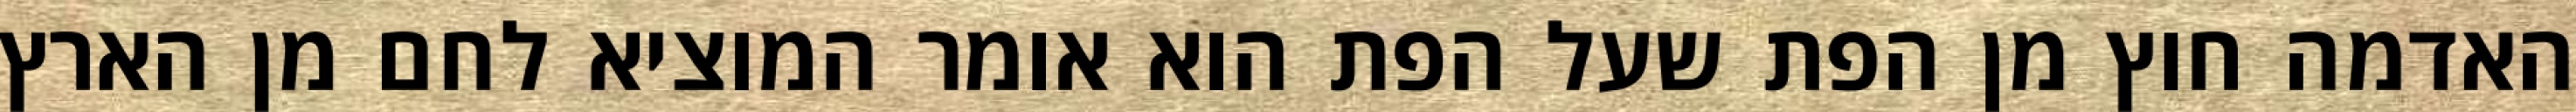
האדמה חוץ מן הפת שעל הפת הוא אומר המוציא לחם מן הארץ